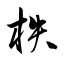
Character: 柣